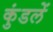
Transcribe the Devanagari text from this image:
कुंडलें